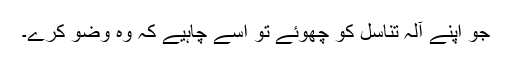
جو اپنے آلۂ تناسل کو چھوئے تو اسے چاہیے کہ وہ وضو کرے۔